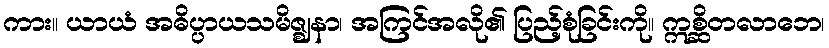
ကား။ ယာယံ အဓိပ္ပာယသမိဇ္ဈနာ၊ အကြင်အလို၏ ပြည့်စုံခြင်းကို။ ဣစ္ဆိတလာဘေ၊